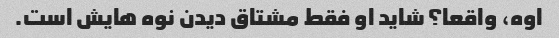
اوه، واقعا؟ شاید او فقط مشتاق دیدن نوه هایش است.